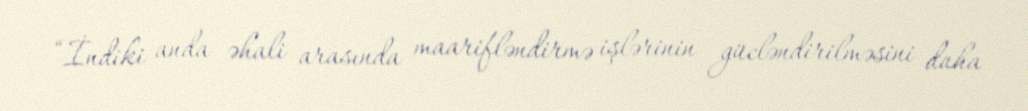
“İndiki anda əhali arasında maarifləndirmə işlərinin gücləndirilməsini daha